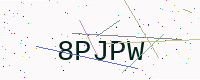
Text: 8PJPW